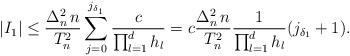
LaTeX: \begin{align*}|I_1| \le \frac{\Delta_n^2 \, n}{T_n^2} \sum_{j = 0}^{j_{\delta_1}} \frac{c}{\prod_{l = 1}^d h_l} = c \frac{\Delta_n^2 \, n}{T_n^2} \frac{1}{\prod_{l = 1}^d h_l}(j_{\delta_1} + 1).\end{align*}